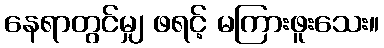
နေရာတွင်မျှ ဖရင့် မကြားဖူးသေး။